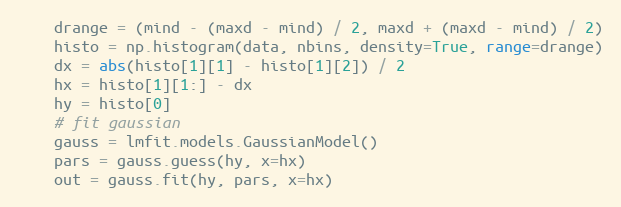
Language: Python
    drange = (mind - (maxd - mind) / 2, maxd + (maxd - mind) / 2)
    histo = np.histogram(data, nbins, density=True, range=drange)
    dx = abs(histo[1][1] - histo[1][2]) / 2
    hx = histo[1][1:] - dx
    hy = histo[0]
    # fit gaussian
    gauss = lmfit.models.GaussianModel()
    pars = gauss.guess(hy, x=hx)
    out = gauss.fit(hy, pars, x=hx)